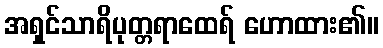
အရှင်သာရိပုတ္တရာထေရ် ဟောထား၏။